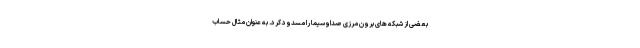
بعضی از شبکه های برون مرزی صداوسیما را مسدود کرد. به عنوان مثال حساب